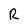
Character: R